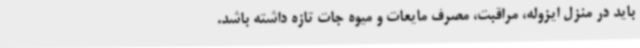
باید در منزل ایزوله، مراقبت، مصرف مایعات و میوه جات تازه داشته باشد.